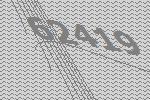
62419